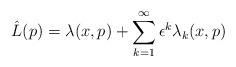
LaTeX: \begin{align*}\hat{L}(p) = \lambda(x, p) + \sum_{k=1}^{\infty} \epsilon^k \lambda_k(x, p)\end{align*}